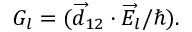
G _ { l } = ( \overrightarrow { d } _ { 1 2 } \cdot \overrightarrow { E } _ { l } / \hbar ) .